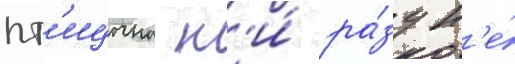
пт'ицына н'и́ ра́зу н'е́